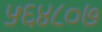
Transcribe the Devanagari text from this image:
५६४८०७